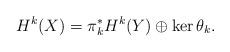
LaTeX: \begin{align*}H^k(X)= \pi^*_k H^k(Y)\oplus \ker\theta_k.\end{align*}